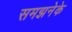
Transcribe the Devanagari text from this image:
समझनेके